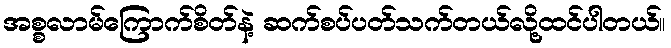
အစ္စလာမ်ကြောက်စိတ်နဲ့ ဆက်စပ်ပတ်သက်တယ်လို့ထင်ပါတယ်။